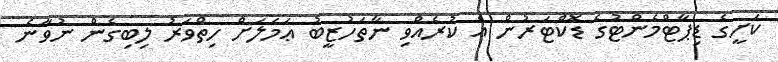
ކަށީގެ ޑިޕާޓްމެންޓުގެ ޑޮކްޓަރުން އެ ކުރެއްވި ނާތަހުޒީބު ޢަމަލަށް ހިތްވަރު ލިބިގެން ނުވާނެ